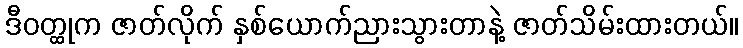
ဒီဝတ္ထုက ဇာတ်လိုက် နှစ်ယောက်ညားသွားတာနဲ့ ဇာတ်သိမ်းထားတယ်။